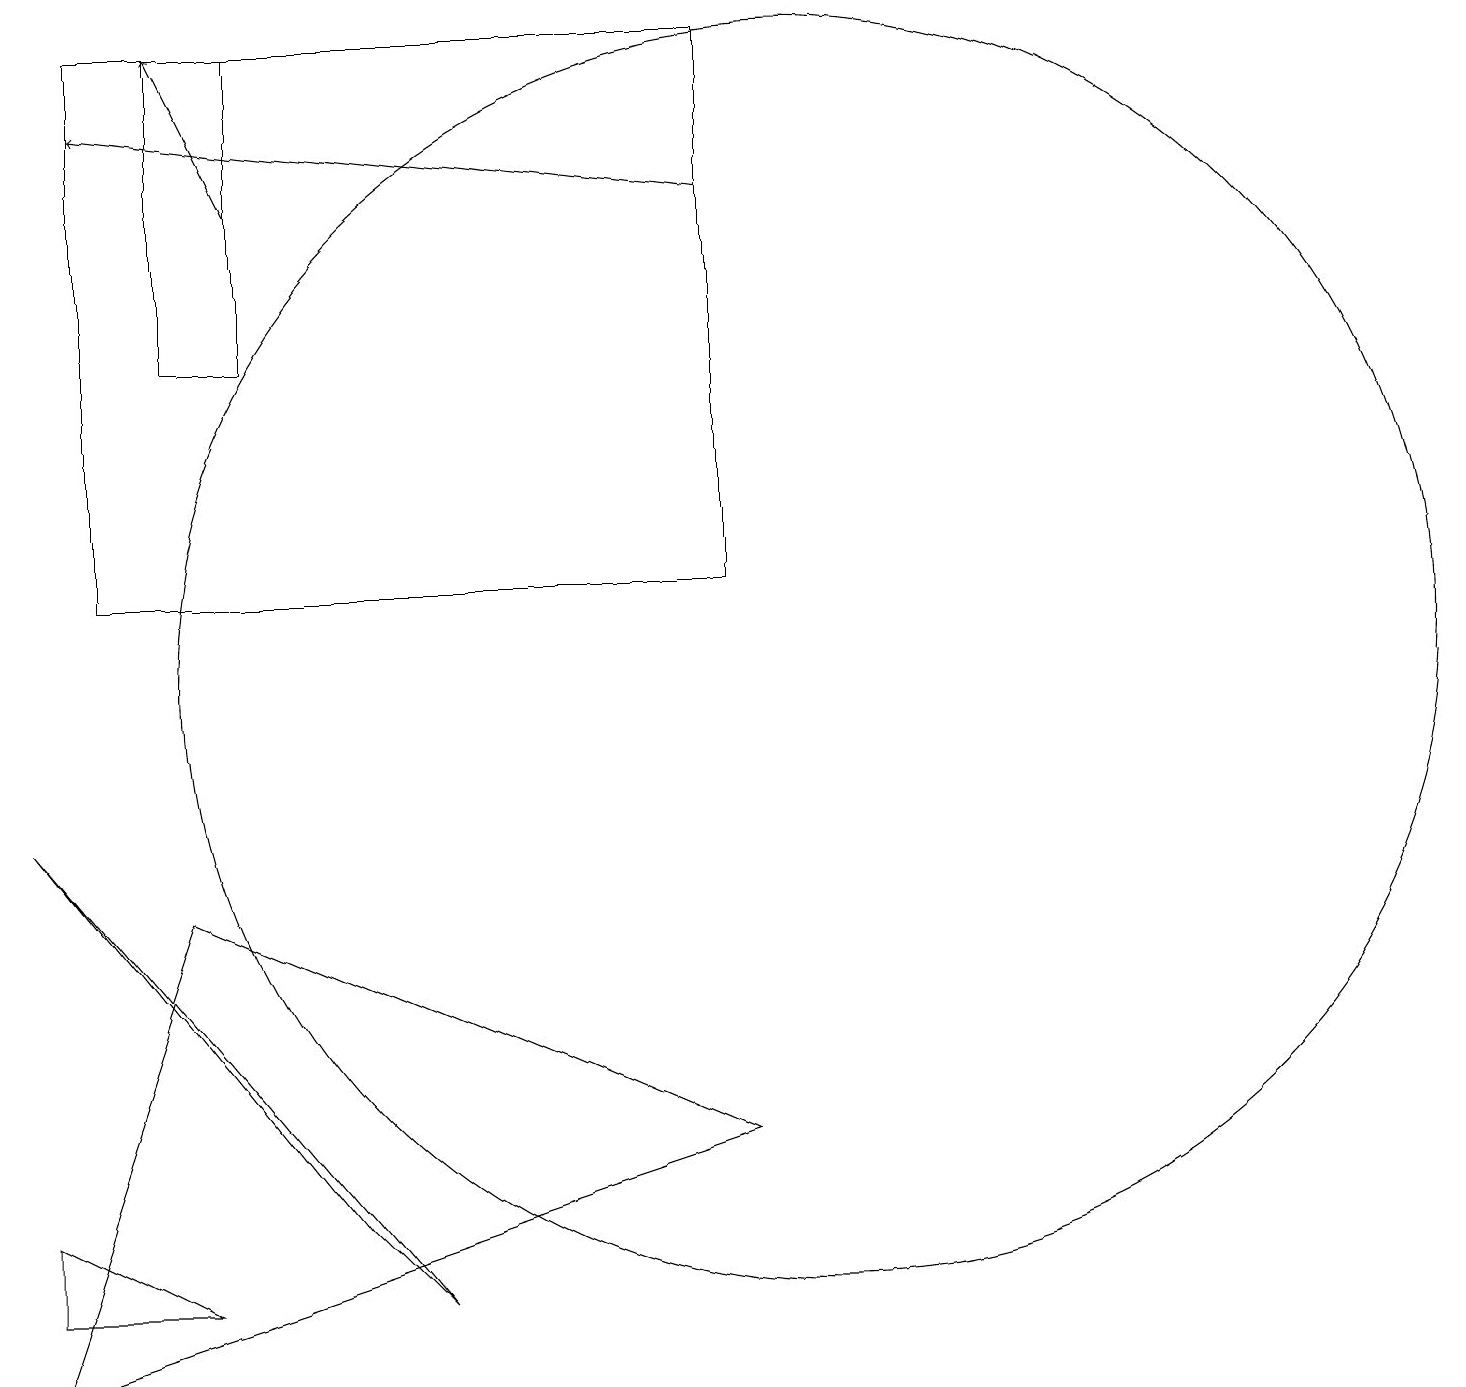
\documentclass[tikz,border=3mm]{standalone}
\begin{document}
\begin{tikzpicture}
\draw (2,2) -- (0,2) -- (0,3) -- cycle;
\draw[->] (9,16) -- (1,17);
\draw (10,10) circle (8);
\draw (3,14) rectangle (2,18);
\draw (1,18) rectangle (9,11);
\draw[->] (3,16) -- (2,18);
\draw (0,8) -- (5,2) -- (4,3) -- cycle;
\draw (2,7) -- (9,4) -- (0,1) -- cycle;
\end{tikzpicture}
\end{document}